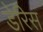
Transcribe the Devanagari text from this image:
डेरिस